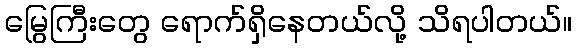
မြွေကြီးတွေ ရောက်ရှိနေတယ်လို့ သိရပါတယ်။